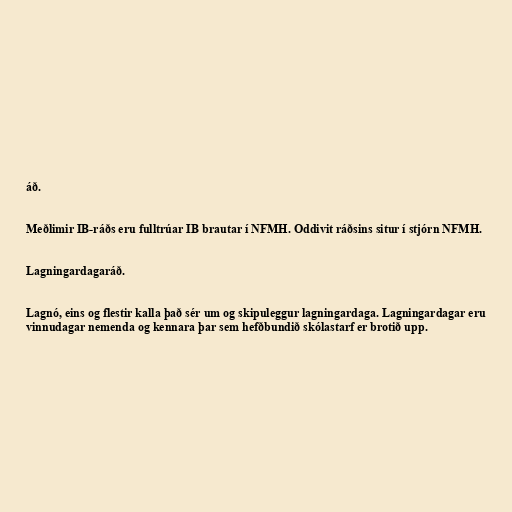
áð.

Meðlimir IB-ráðs eru fulltrúar IB brautar í NFMH. Oddivit ráðsins situr í stjórn NFMH.

Lagningardagaráð.

Lagnó, eins og flestir kalla það sér um og skipuleggur lagningardaga. Lagningardagar eru
vinnudagar nemenda og kennara þar sem hefðbundið skólastarf er brotið upp.